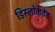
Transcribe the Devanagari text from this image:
डिस्लोकेटेड